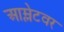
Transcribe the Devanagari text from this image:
आम्लेटवर